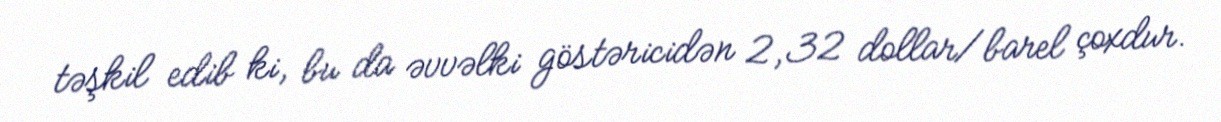
təşkil edib ki, bu da əvvəlki göstəricidən 2,32 dollar/barel çoxdur.